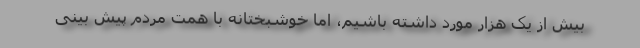
بیش از یک هزار مورد داشته باشیم، اما خوشبختانه با همت مردم پیش بینی